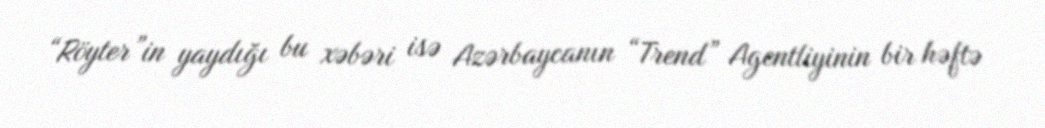
“Röyter”in yaydığı bu xəbəri isə Azərbaycanın “Trend” Agentliyinin bir həftə